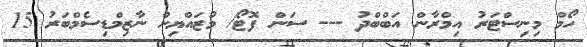
ހޯމް މިނިސްޓަރު އިމްރާން އަބްބްދު --- ސަން ފޮޓޯ/ މުޒައްޔިން ނާޒިމްޑިސެމްބަރު 15